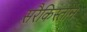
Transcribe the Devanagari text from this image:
सरैकिस्तान